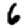
Digit: 6